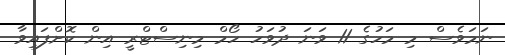
ނަމަވެސް މި މަހުގެ 11 ވަނަ ދުވަހު ހޯމް މިނިސްޓްރީ އިން ކޮށްފައިވާ